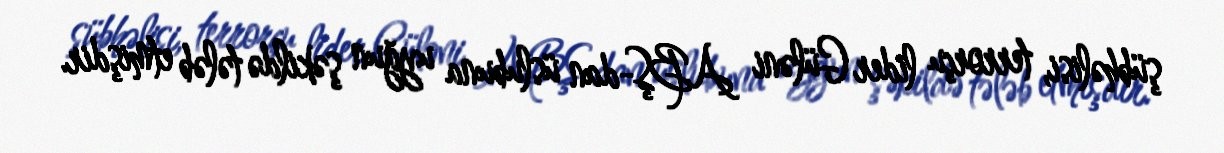
şübhəlisi, terrorçu lider Güləni ABŞ-dan üslubuna uyğun şəkildə tələb etmişdir.